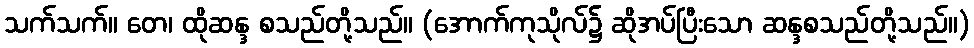
သက်သက်။ တေ၊ ထိုဆန္ဒ စသည်တို့သည်။ (အောက်ကုသိုလ်၌ ဆိုအပ်ပြီးသော ဆန္ဒစသည်တို့သည်။)